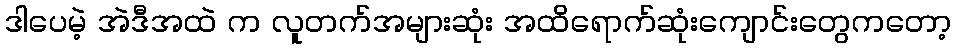
ဒါပေမဲ့ အဲဒီအထဲ က လူတက်အများဆုံး အထိရောက်ဆုံးကျောင်းတွေကတော့